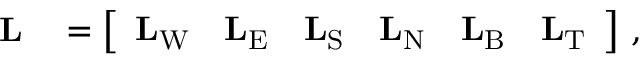
\begin{array} { r l } { \mathbf L } & { { } = \left[ \begin{array} { l l l l l l } { \mathbf L _ { \mathrm { W } } } & { \mathbf L _ { \mathrm { E } } } & { \mathbf L _ { \mathrm { S } } } & { \mathbf L _ { \mathrm { N } } } & { \mathbf L _ { \mathrm { B } } } & { \mathbf L _ { \mathrm { T } } } \end{array} \right] \, , } \end{array}